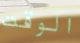
الوقت